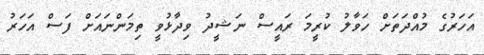
އަހަރުގެ މުއްދަތަށް ހަވާލު ކުރީމަ ރައީސް ނަޝީދު ވިދާޅުވީ ތިމަންނައަށް ފަސް އަހަރު